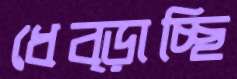
ধেব্‌ড়াচ্ছি